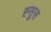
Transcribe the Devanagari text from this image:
ह्सुस